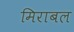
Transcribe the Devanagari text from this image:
मिराबल